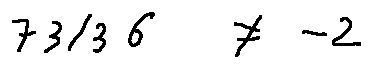
7 3 / 3 6 \neq - 2